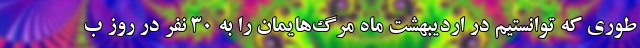
طوری که توانستیم در اردیبهشت ماه مرگ‌هایمان را به 30 نفر در روز ب